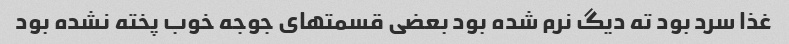
غذا سرد بود ته دیگ نرم شده بود بعضی قسمتهای جوجه خوب پخته نشده بود